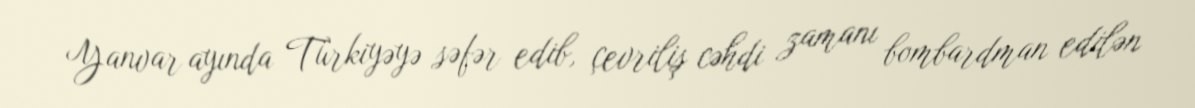
Yanvar ayında Türkiyəyə səfər edib, çevriliş cəhdi zamanı bombardman edilən